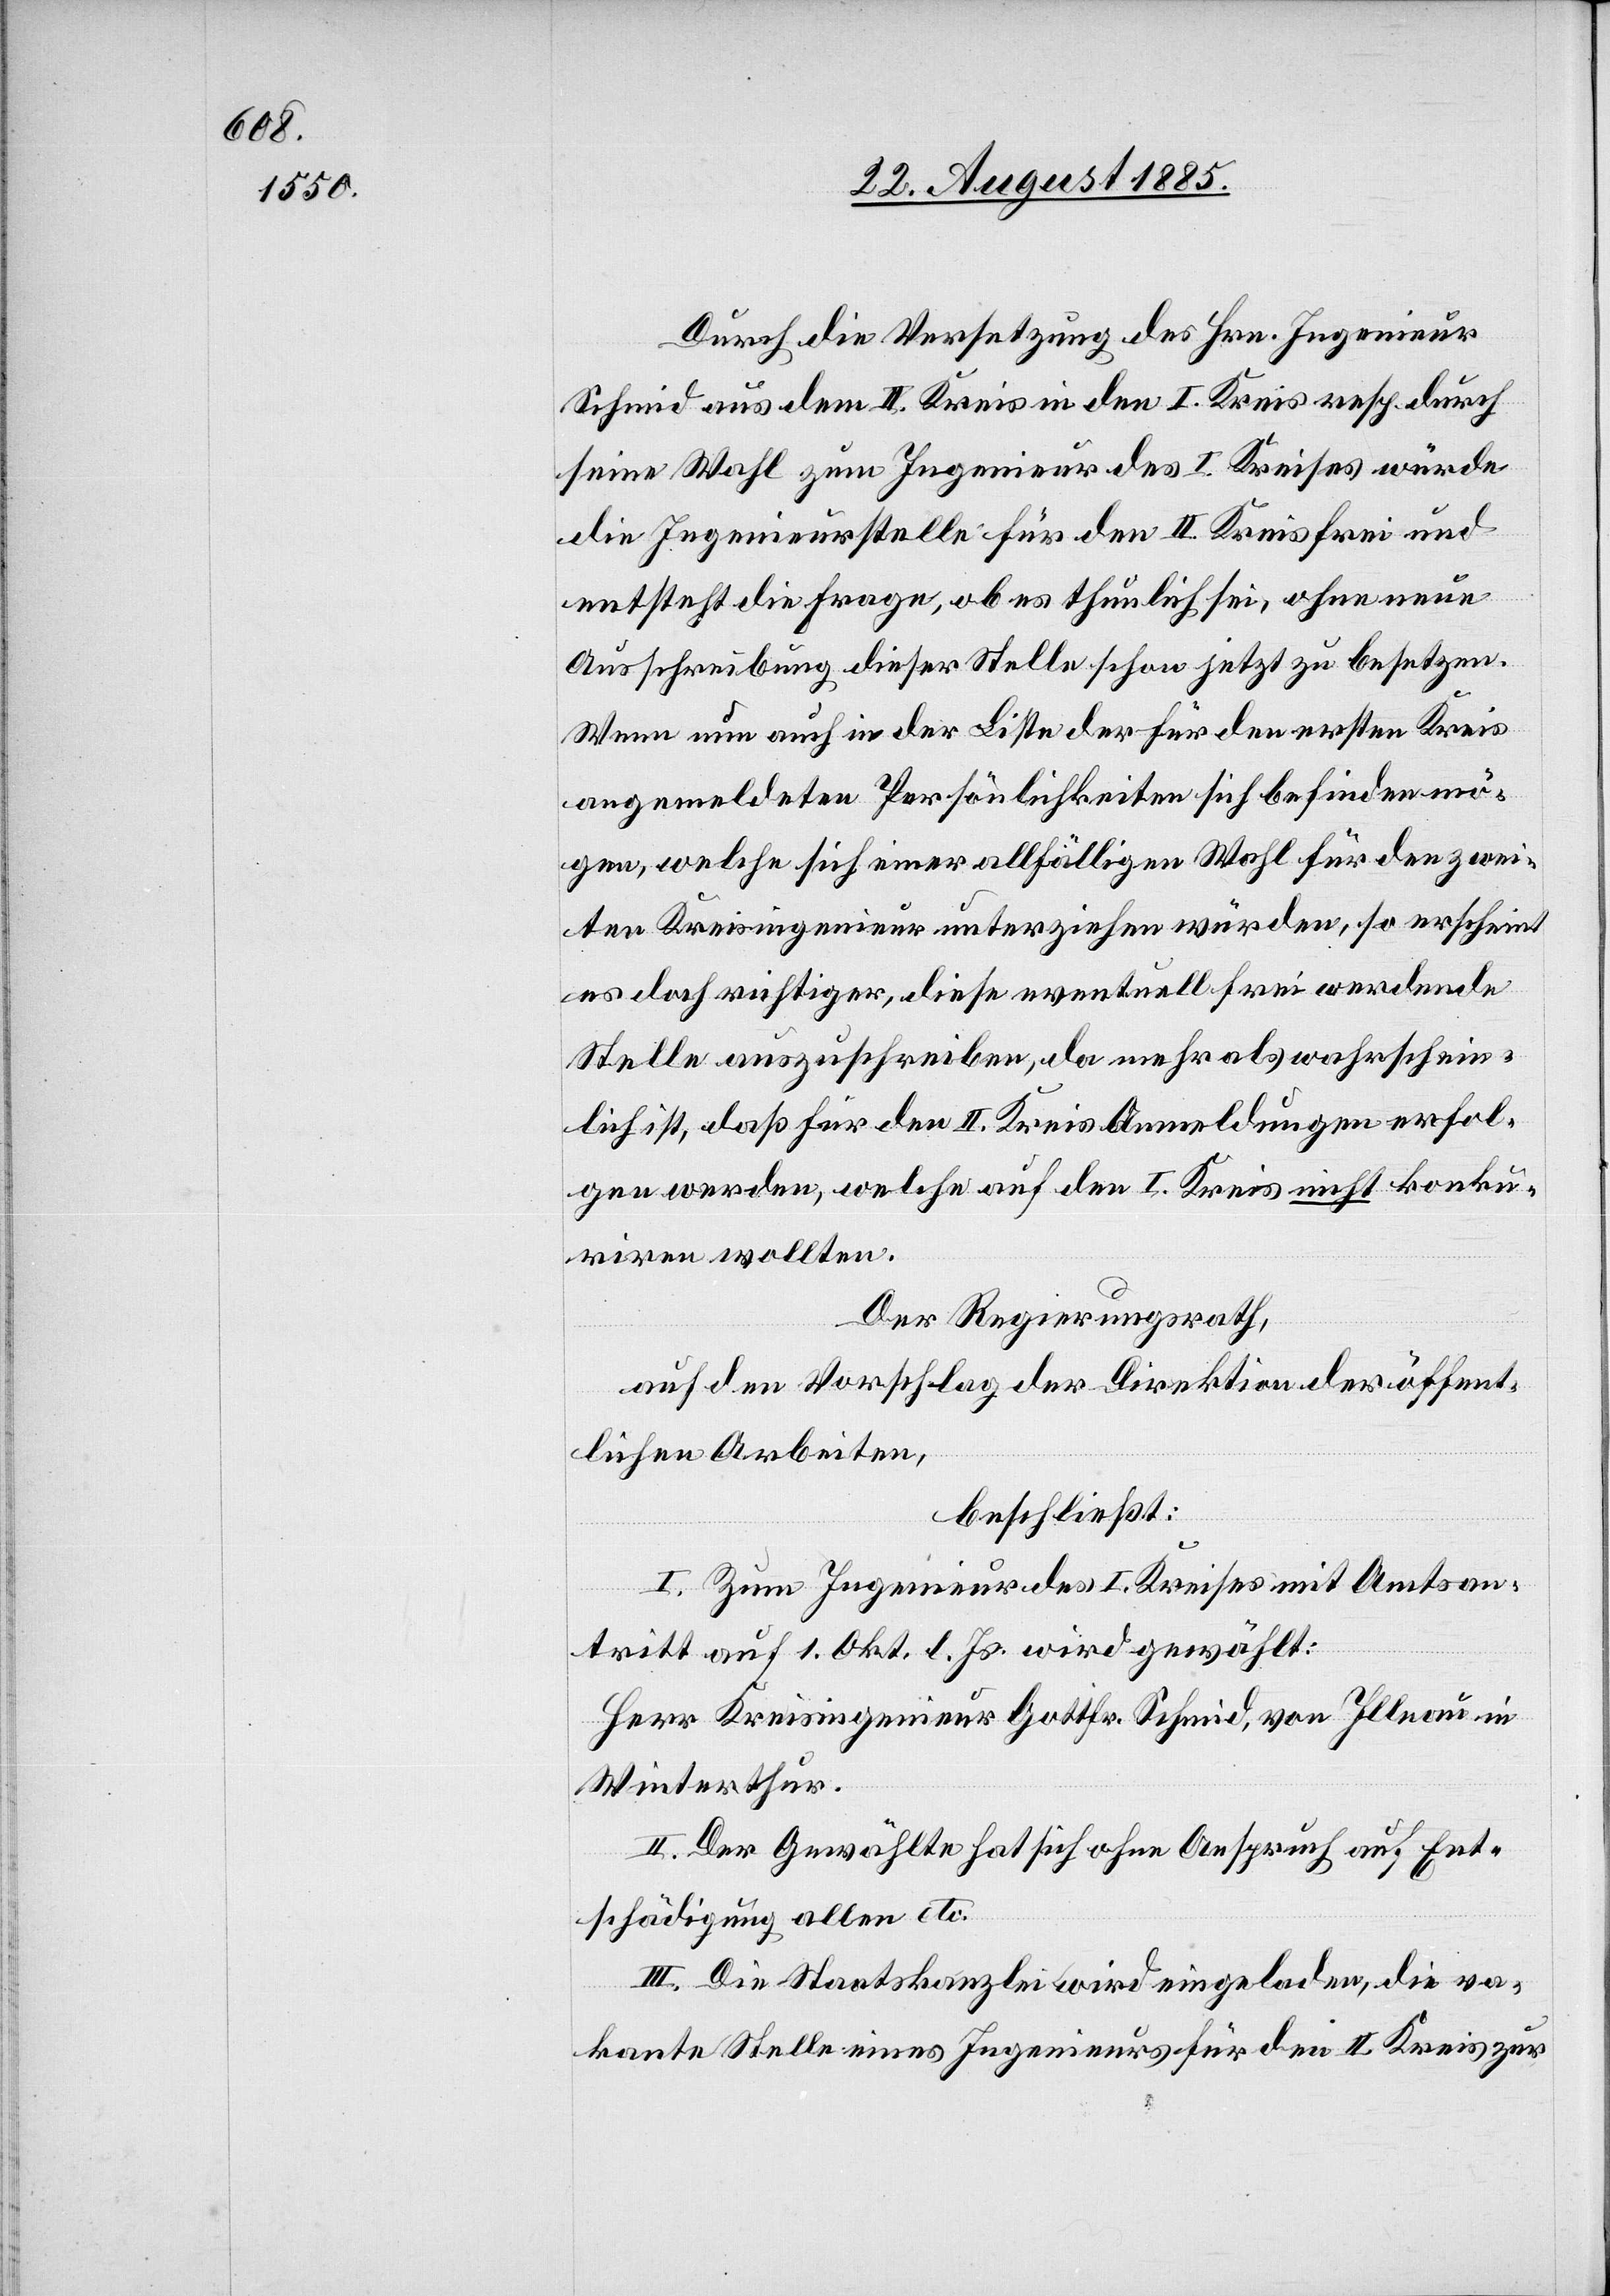
Durch die Versetzung des Hrn. Ingenieur
Schmid aus dem II. Kreis in den I. Kreis resp. durch
seine Wahl zum Ingenieur des I. Kreises würde
die Ingenieurstelle für den II. Kreis frei und
entsteht die Frage, ob es thunlich sei, ohne neue
Ausschreibung diese Stelle schon jetzt zu besetzen.
Wenn nun auch in der Liste der für den ersten Kreis
angemeldeten Persönlichkeiten sich befinden mö¬
gen, welche sich einer allfälligen Wahl für den zwei¬
ten Kreisingenieur unterziehen würden, so erscheint
es doch richtiger, diese eventuell frei werdende
Stelle auszuschreiben, da mehr als wahrschein¬
lich ist, daß für den II. Kreis Anmeldungen erfol¬
gen werden, welche auf den I. Kreis nicht konku¬
rriren wollten.
Der Regierungsrath,
auf den Vorschlag der Direktion der öffent¬
lichen Arbeiten,
beschließt:
I. Zum Ingenieur des I. Kreises mit Amtsan¬
tritt auf 1. Okt. l. Js. wird gewählt:
Herr Kreisingenieur Gottfr. Schmid, von Illnau in
Winterthur.
II. Der Gewählte hat sich ohne Anspruch auf Ent¬
schädigung allen etc.
III. Die Staatskanzlei wird eingeladen, die va¬
kante Stelle eines Ingenieurs für den II. Kreis zur